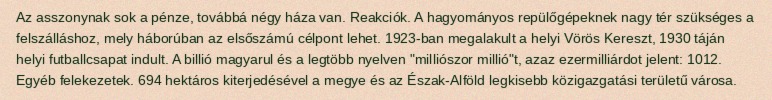
Az asszonynak sok a pénze, továbbá négy háza van. Reakciók. A hagyományos repülőgépeknek nagy tér szükséges a felszálláshoz, mely háborúban az elsőszámú célpont lehet. 1923-ban megalakult a helyi Vörös Kereszt, 1930 táján helyi futballcsapat indult. A billió magyarul és a legtöbb nyelven "milliószor millió"t, azaz ezermilliárdot jelent: 1012. Egyéb felekezetek. 694 hektáros kiterjedésével a megye és az Észak-Alföld legkisebb közigazgatási területű városa.